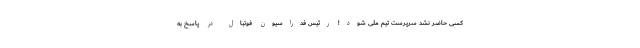
کسی حاضر نشد سرپرست تیم ملی شود! رئیس فدراسیون فوتبال در پاسخ به